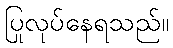
ပြုလုပ်နေရသည်။